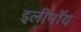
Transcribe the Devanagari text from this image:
इलीनॉय